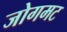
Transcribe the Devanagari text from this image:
जोगमट